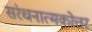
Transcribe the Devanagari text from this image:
संरचनात्मकोत्तर